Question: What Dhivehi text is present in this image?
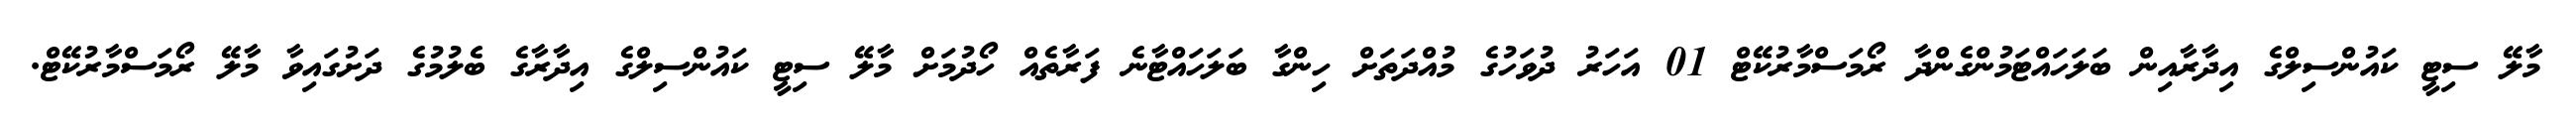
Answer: މާލޭ ސިޓީ ކައުންސިލްގެ އިދާރާއިން ބަލަހައްޓަމުންގެންދާ ރޯމަސްމާރުކޭޓް 01 އަހަރު ދުވަހުގެ މުއްދަތަށް ހިންގާ ބަލަހައްޓާނެ ފަރާތެއް ހޯދުމަށް މާލޭ ސިޓީ ކައުންސިލްގެ އިދާރާގެ ބެލުމުގެ ދަށުގައިވާ މާލޭ ރޯމަސްމާރުކޭޓް.